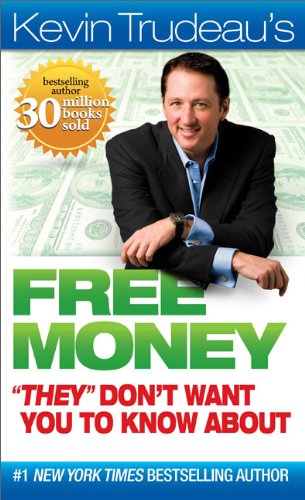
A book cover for Free Money "They" Don't Want You to Know About (Kevin Trudeau's Free Money); Kevin Trudeau; Business & Money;